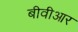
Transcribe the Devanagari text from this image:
बीवीआर